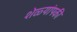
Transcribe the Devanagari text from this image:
शेळ्यांपकी